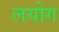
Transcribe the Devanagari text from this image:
लयोग